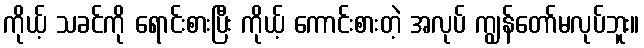
ကိုယ့် သခင်ကို ရောင်းစားပြီး ကိုယ့် ကောင်းစားတဲ့ အလုပ် ကျွန်တော်မလုပ်ဘူး။